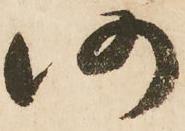
仍